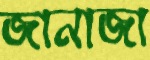
জানাজা